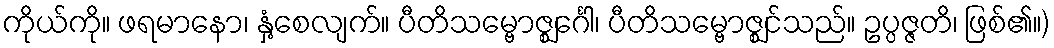
ကိုယ်ကို။ ဖရမာနော၊ နှံ့စေလျက်။ ပီတိသမ္ဗောဇ္ဈင်္ဂေါ၊ ပီတိသမ္ဗောဇ္ဈင်သည်။ ဥပ္ပဇ္ဇတိ၊ ဖြစ်၏။)